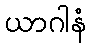
ယာဂါနံ